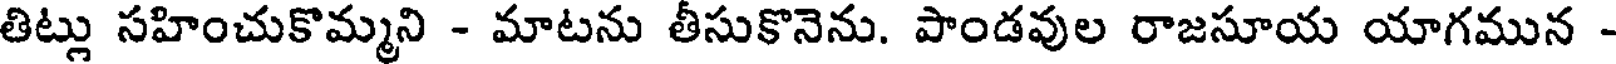
తిట్లు సహించుకొమ్మని - మాటను తీసుకొనెను. పాండవుల రాజసూయ యాగమున -